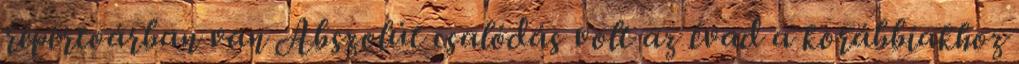
repertoárban van Abszolút csalódás volt az évad a korábbiakhoz